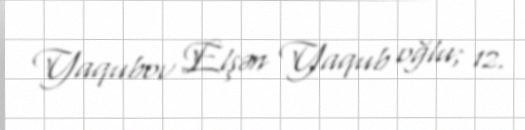
Yaqubov Elşən Yaqub oğlu; 12.